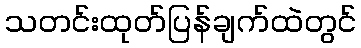
သတင်းထုတ်ပြန်ချက်ထဲတွင်